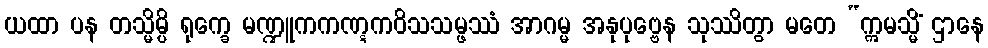
ယထာ ပန တသ္မိမ္ပိ ရုက္ခေ မဏ္ဍူကကဏ္ဋကဝိသသမ္ဖဿံ အာဂမ္မ အနုပုဗ္ဗေန သုဿိတွာ မတေ “ဣမသ္မိံ ဌာနေ